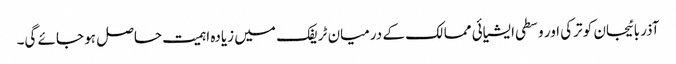
آذربائیجان کو ترکی اور وسطی ایشیائی ممالک کے درمیان ٹریفک میں زیادہ اہمیت حاصل ہو جائے گی۔